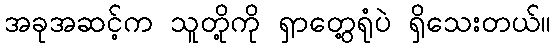
အခုအဆင့်က သူတို့ကို ရှာတွေ့ရုံပဲ ရှိသေးတယ်။